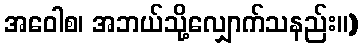
အဝေါစ၊ အဘယ်သို့လျှောက်သနည်း။)